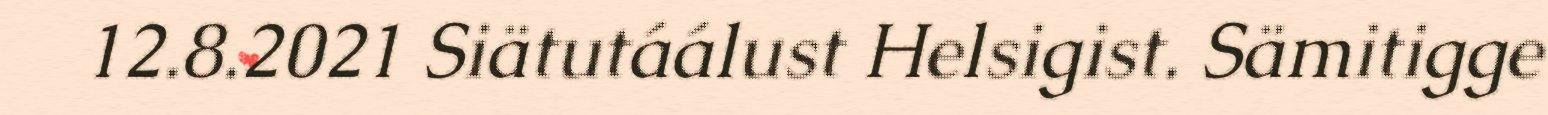
12.8.2021 Siätutáálust Helsigist. Sämitigge